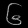
Digit: ၆